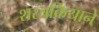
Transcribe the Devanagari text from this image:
शस्त्रक्रियाने